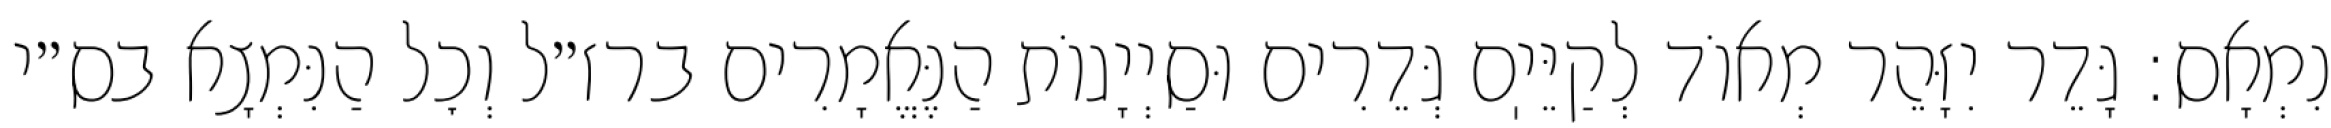
נִמְאָס: גָּדֵר יִזָּהֵר מְאוֹד לְקַיֵּיֽם גְּדֵרִים וּסַיְיָגוֹת הַנֶּאֱמָרִים ברז״ל וְכׇל הַנִּמְצָא בס״י